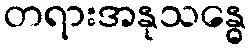
တရားအနုသန္ဓေ